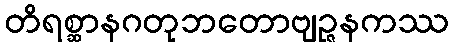
တိရစ္ဆာနဂတုဘတောဗျဉ္ဇနကဿ